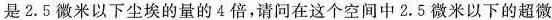
是2.5微米以下尘埃的量的4倍，请问在这个空间中2.5微米以下的超微